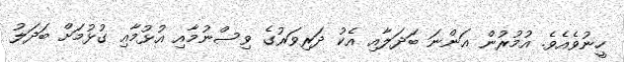
ހީނުވެއެވެ. އުމުރުން އަންނަ ބަދަލާއި އެކު ދަރިވަރުގެ ވިސްނުމާއި އުޅުމާއި ގުޅުމަށް ބަދަލު